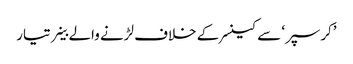
’کرسپر‘ سے کینسر کے خلاف لڑنے والے خلیے تیار